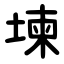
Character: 堜